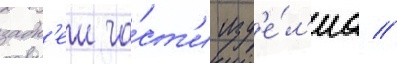
задн'еи ча́ст'и изд'е́л'иа //